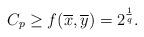
LaTeX: \begin{align*} C_p\geq f(\overline{x},\overline{y})=2^{\frac{1}{q}}.\end{align*}